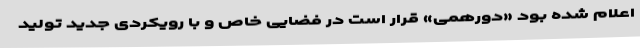
اعلام شده بود «دورهمی» قرار است در فضایی خاص و با رویکردی جدید تولید